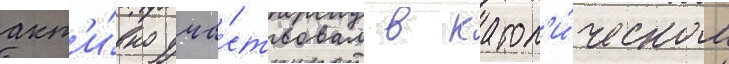
акт'и́вно уча́ствовал в катол'и́ческом